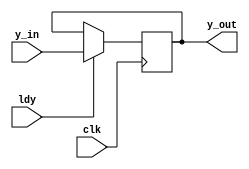
`timescale 1ns/1ns

module register_6_bit(clk, y_in, ldy, y_out);
	input clk, ldy;
	input wire[5:0] y_in;
	output reg[5:0] y_out;

	always @(posedge clk) begin
		if (ldy)
			y_out <= y_in;
		else
			y_out <= y_out;
	end
endmodule